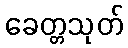
ခေတ္တသုတ်